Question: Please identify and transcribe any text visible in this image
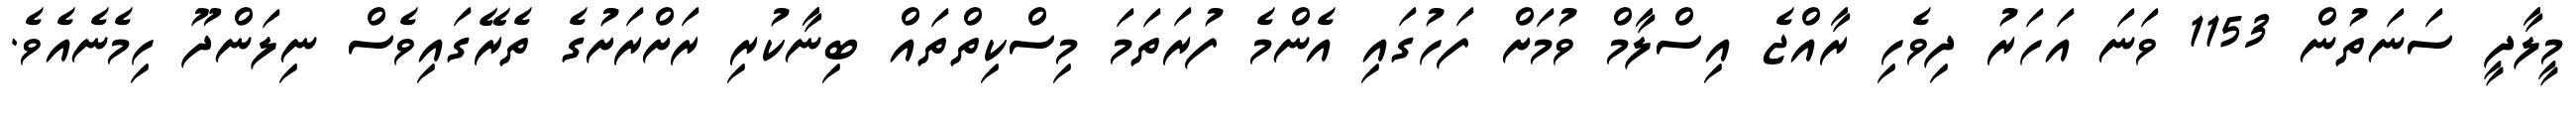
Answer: މީލާދީ ސަނަތުން 1153 ވަނަ އަހަރު ދިވެހި ރާއްޖެ އިސްލާމް ވުމަށް ފަހުގައި އެންމެ ފުރަތަމަ މިސްކިތްތައް ބިނާކުރި ރަށްރަށުގެ ތެރޭގައިވެސް ނިލަންދޫ ހިމެނެއެވެ.